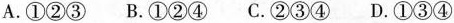
A.①②③ B.①②④ C.②③④ D.①③④